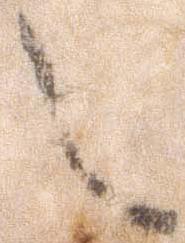
之